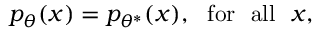
\begin{array} { r } { p _ { \theta } ( x ) = p _ { \theta ^ { * } } ( x ) , ~ ~ \mathrm { f o r ~ ~ a l l } ~ ~ x , } \end{array}